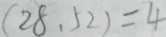
( 2 8 , 5 2 ) = 4